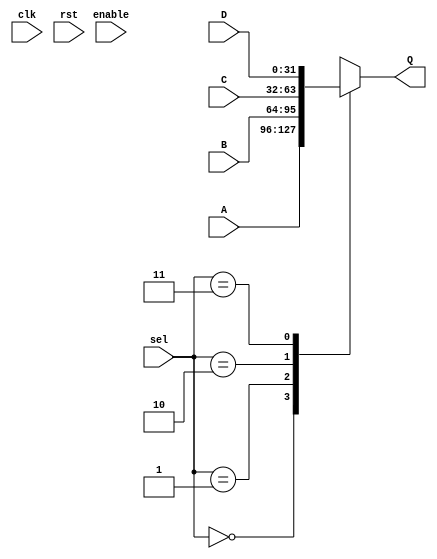
module Mux_4in_1out #(parameter LENGTH = 32)(
//Multiplexor que elige que es lo que se vera en la salida tx
//Entradas y salidas del multiplexor
input clk, rst, enable,
input [LENGTH-1:0]A, B, C, D,
input [1:0] sel,
output reg [LENGTH-1:0]Q
);

//En que estado nos encontramos para decidir la salida
localparam A_TO_OUT = 2'b00;
localparam B_TO_OUT = 2'b01;
localparam C_TO_OUT = 2'b10;
localparam D_TO_OUT = 2'b11;

always @*
begin
//	if (rst)
//		Q <= {LENGTH{1'b0}};
//	else
//		if (enable)
			case (sel)
			A_TO_OUT: Q <= A;
			B_TO_OUT: Q <= B;
			C_TO_OUT: Q <= C;
			D_TO_OUT: Q <= D;
			endcase
//		else
//			Q <= Q;			
end
endmodule